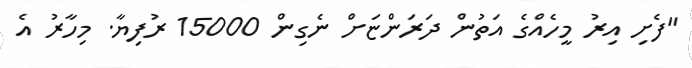
"ފެށި އިރު މީހެއްގެ އަތުން ދަރަންޏަށް ނެގިން 15000 ރުފިޔާ. މިހާރު އެ